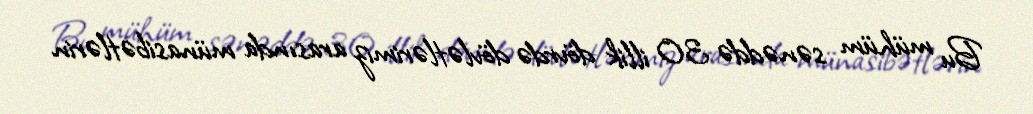
Bu mühüm sənəddə 30 illik dövrdə dövlətlərimiz arasında münasibətlərin